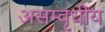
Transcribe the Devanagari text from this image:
असम्वृधीय